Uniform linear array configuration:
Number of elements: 24
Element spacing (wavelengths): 0.75
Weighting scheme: uniform
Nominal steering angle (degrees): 15
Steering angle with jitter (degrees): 13.623
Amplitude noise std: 0.05
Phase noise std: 0.05

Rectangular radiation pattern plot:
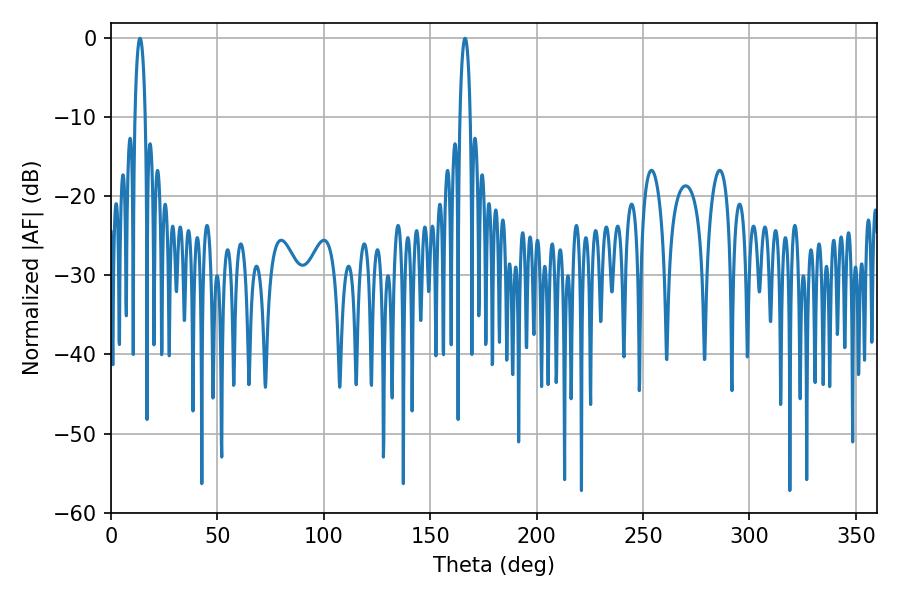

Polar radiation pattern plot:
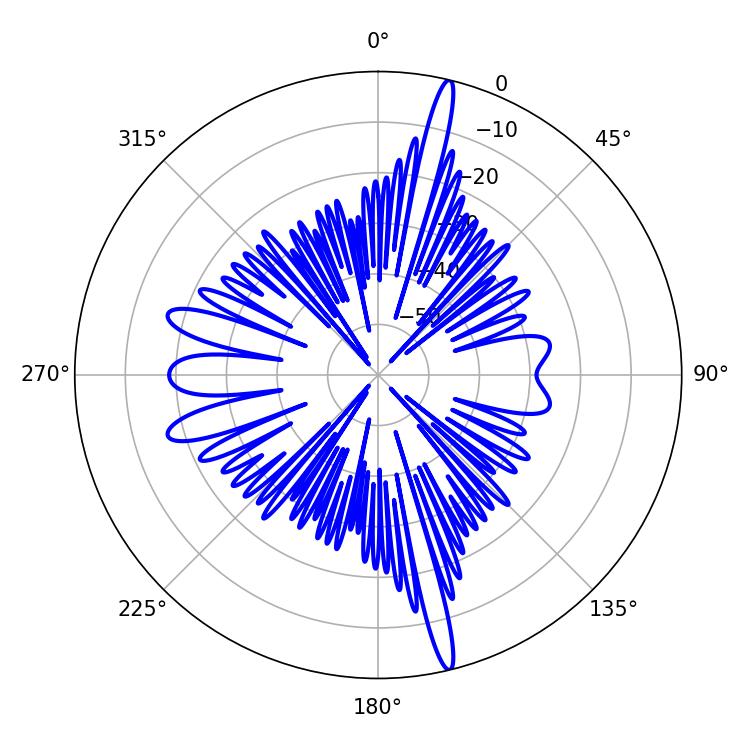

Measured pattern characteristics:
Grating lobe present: TRUE
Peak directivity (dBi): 20.081
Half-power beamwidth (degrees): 2.7
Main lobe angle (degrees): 166.32